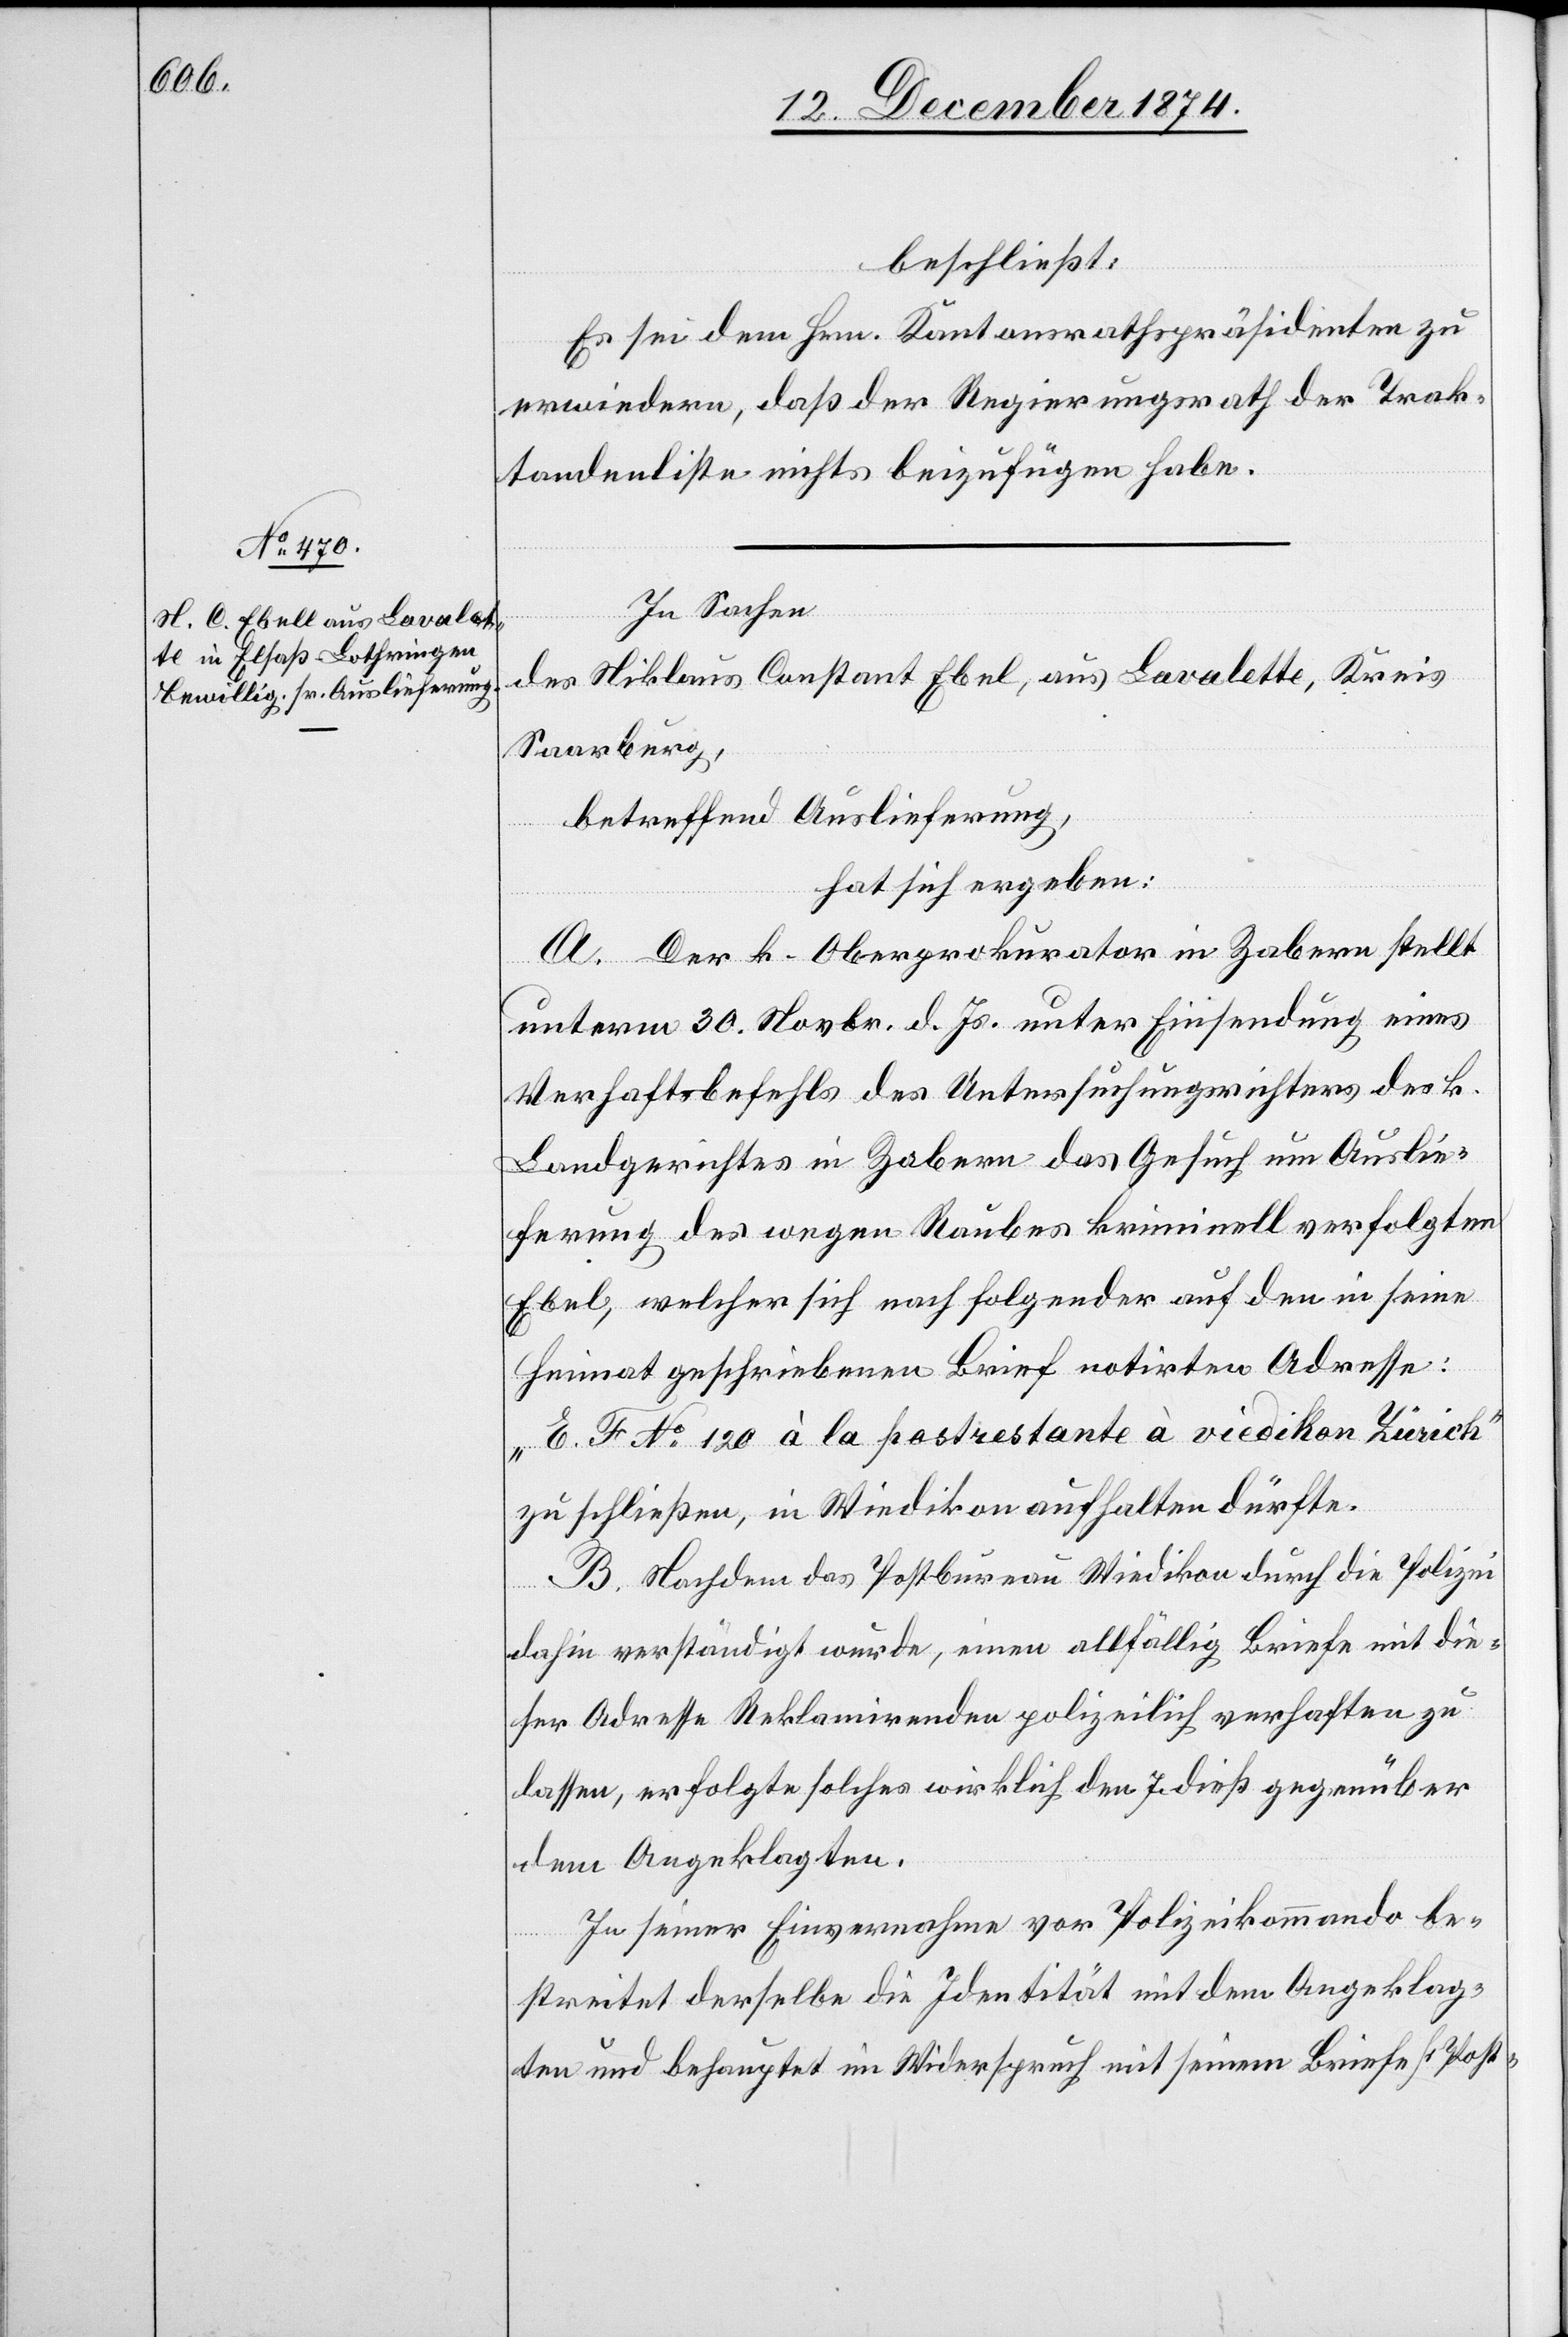
beschließt:
Es sei dem Hrn. Kantonsrathspräsidenten zu
erwiedern, daß der Regierungsrath der Trak¬
tandenliste nichts beizufügen habe.
In Sachen
des Niklaus Constant Ebel [sic!], aus Lavalette, Kreis
Saarburg,
betreffend Auslieferung,
hat sich ergeben:
A. Der k. Oberprokurator in Zabern stellt
unterm 30. Novbr. d. Js. unter Einsendung eines
Verhaftsbefehls des Untersuchungsrichters des k.
Landgerichtes in Zabern das Gesuch um Auslie¬
ferung des wegen Raubes kriminell verfolgten
Ebel, welcher sich nach folgender auf den in seine
Heimat geschriebenen Brief notirten Adresse:
„E. Fr. No 120 à la postrestante à viedikon Zürich“
zu schließen, in Wiedikon aufhalten dürfte.
B. Nachdem das Postbureau Wiedikon durch die Polizei
dahin verständigt wurde, einen allfällig Briefe mit die¬
ser Adresse Reklamirenden polizeilich verhaften zu
lassen, erfolgte solches wirklich den 7. dieß gegenüber
dem Angeklagten.
In seiner Einvernahme vor Polizeikommando be¬
streitet derselbe die Identität mit dem Angeklag¬
ten und behauptet im Widerspruch mit seinem Briefe [+ Post-